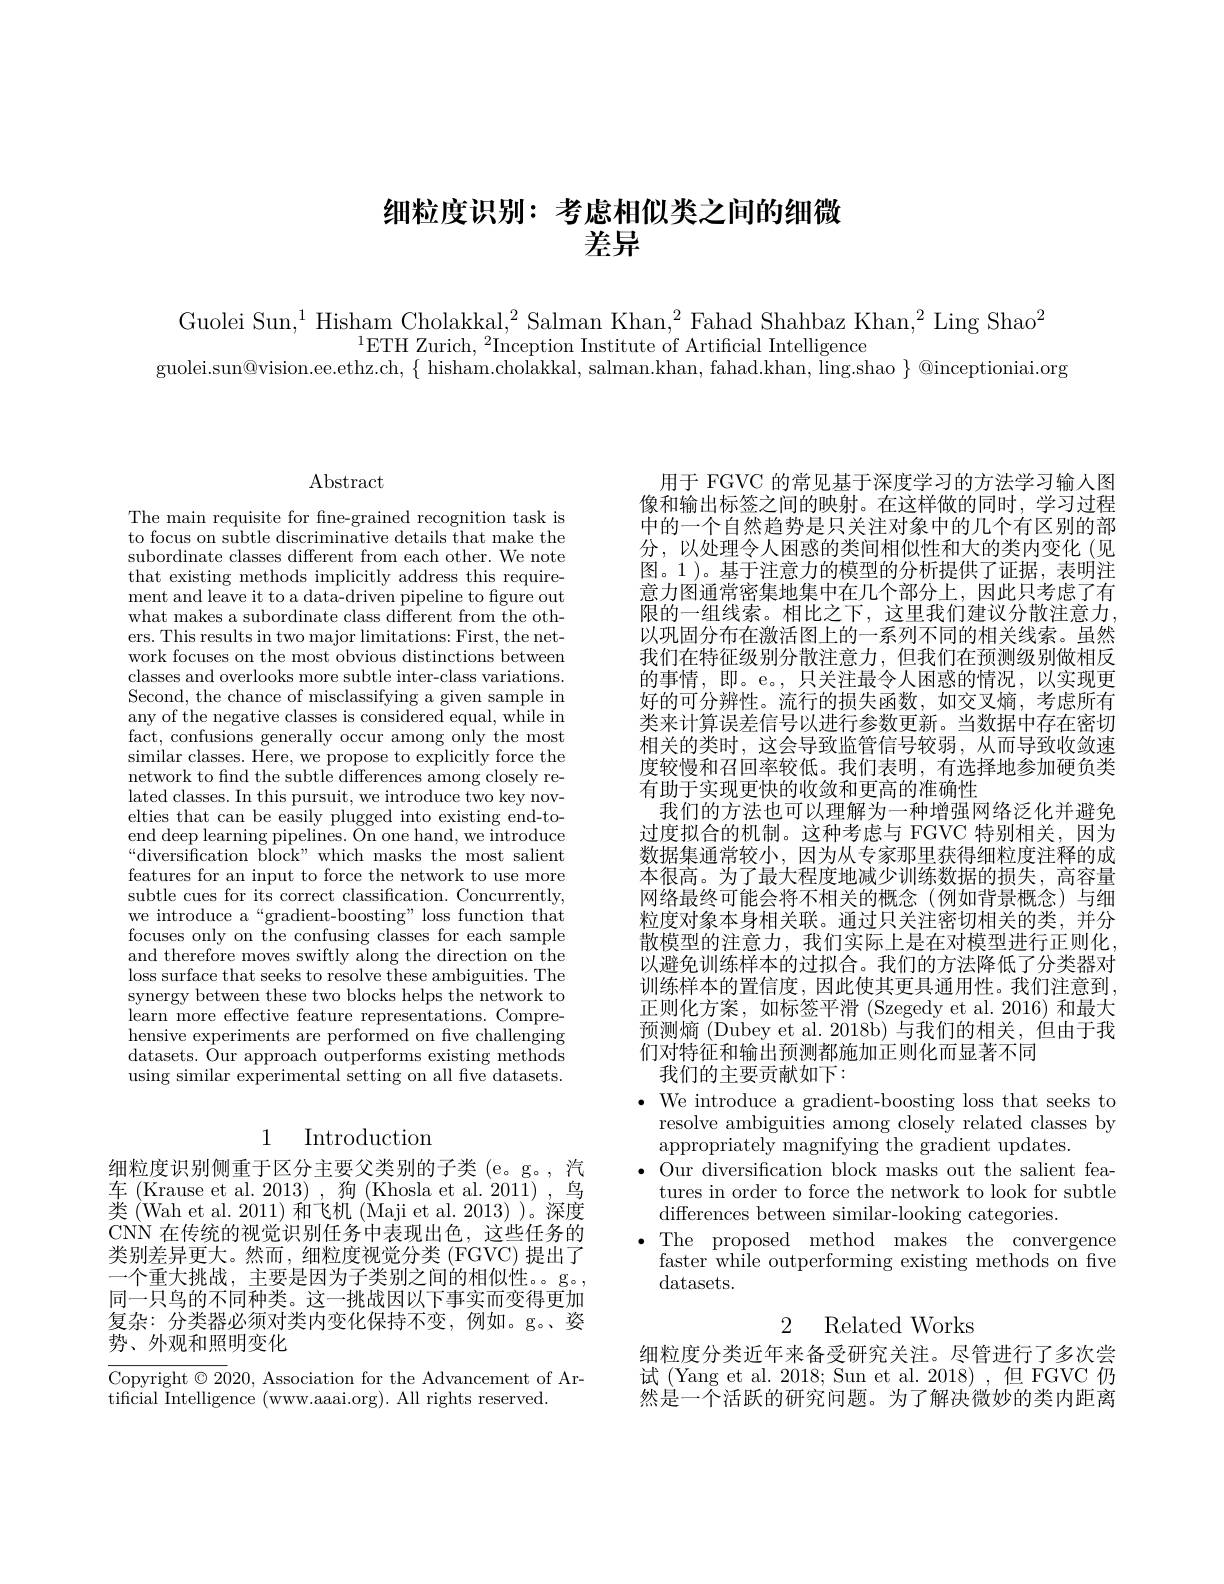
# 细粒度识别：考虑相似类之间的细微差异

Guolei Sun,$^1$Hisham Cholakkal,$^2$Salman Khan,$^2$Fahad Shahbaz Khan,$^2$Ling Shao$^2$
$^{1}$ETH Zurich,$^2$Inception Institute of Artificial Intelligence
guolei.sun@vision.ee.ethz.ch, $\{$ hisham.cholakkal, salman.khan, fahad.khan, ling.shao $\}$ @inceptioniai.org

Abstract

The main requisite for fine-grained recognition task is to focus on subtle discriminative details that make the subordinate classes different from each other. We note that existing methods implicitly address this requirement and leave it to a data- driven pipeline to fgure out what makes a subordinate class different from the others. This results in two major limitations: First, the network focuses on the most obvious distinctions between classes and overlooks more subtle inter-class variations. Second, the chance of misclassifying a given sample in any of the negative classes is considered equal, while in fact, confusions generally occur among only the most similar classes. Here, we propose to explicitly force the network to find the subtle differences among closely related classes. In this pursuit, we introduce two key novelties that can be easily plugged into existing end-toend deep learning pipelines. On one hand, we introduce “diversification block" which masks the most salient features for an input to force the network to use more subtle cues for its correct classification. Concurrently, we introduce a“gradient-boosting” loss function that focuses only on the confusing classes for each sample and therefore moves swiftly along the direction on the loss surface that seeks to resolve these ambiguities. The synergy between these two blocks helps the network to learn more effective feature representations. Comprehensive experiments are performed on five challenging datasets. Our approach outperforms existing methods using similar experimental setting on all fve datasets.

# 1 Introduction

细粒度识别侧重于区分主要父类别的子类 (e。g。, 汽车(Krause et al.2013), 狗(Khosla et al.2011),鸟类 (Wah et al. 2011) 和飞机 (Maji et al. 2013) )。深度CNN 在传统的视觉识别任务中表现出色，这些任务的类别差异更大。然而，细粒度视觉分类 (FGVC) 提出了一个重大挑战，主要是因为子类别之间的相似性。。g。, 同一只鸟的不同种类。这一挑战因以下事实而变得更加复杂：分类器必须对类内变化保持不变，例如。g。资势、外观和照明变化

Copyright $\odot2020$, Association for the Advancement of Ar-
tificial Intelligence (www.aaai.org). All rights reserved.

用于 FGVC 的常见基于深度学习的方法学习输人图像和输出标签之间的映射。在这样做的同时，学习过程中的一个自然趋势是只关注对象中的几个有区别的部分，以处理令人困惑的类间相似性和大的类内变化(见图。1)。基于注意力的模型的分析提供了证据，表明注意力图通常密集地集中在几个部分上，因此只考虑了有限的一组线索。相比之下，这里我们建议分散注意力， 以巩固分布在激活图上的一系列不同的相关线索。虽然我们在特征级别分散注意力，但我们在预测级别做相反的事情，即。e。,只关注最令人困惑的情况，以实现更好的可分辨性。流行的损失函数，如交叉熵，考虑所有类来计算误差信号以进行参数更新。当数据中存在密切相关的类时，这会导致监管信号较弱，从而导致收敛速度较慢和召回率较低。我们表明，有选择地参加硬负类有助于实现更快的收敛和更高的准确性
我们的方法也可以理解为一种增强网络泛化并避免过度拟合的机制。这种考虑与 FGVC 特别相关，因为数据集通常较小，因为从专家那里获得细粒度注释的成本很高。为了最大程度地减少训练数据的损失，高容量网络最终可能会将不相关的概念(例如背景概念)与细粒度对象本身相关联。通过只关注密切相关的类，并分散模型的注意力，我们实际上是在对模型进行正则化以避免训练样本的过拟合。我们的方法降低了分类器对训练样本的置信度，因此使其更具通用性。我们注意到， 正则化方案，如标签平滑 (Szegedy et al.2016) 和最大预测熵 (Dubey et al. 2018b) 与我们的相关，但由于我们对特征和输出预测都施加正则化而显著不同
我们的主要贡献如下：
$\bullet$ We introduce a gradient-boosting loss that seeks to
resolve ambiguities among closely related classes by
appropriately magnifying the gradient updates.
$\bullet$ Our diversification block masks out the salient fea-
tures in order to force the network to look for subtle
differences between similar-looking categories.
The proposed method makes the convergence faster while outperforming existing methods on five datasets.
2 Related Works

细粒度分类近年来备受研究关注。尽管进行了多次尝试(Yang et al. 2018; Sun et al. 2018),但 FGVC 仍然是一个活跃的研究问题。为了解决微妙的类内距离